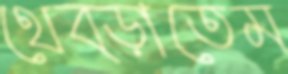
থেব্‌ড়াতেম